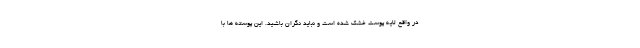
در واقع لایه پوست خشک شده است و نباید نگران باشید. این پوسته ها با